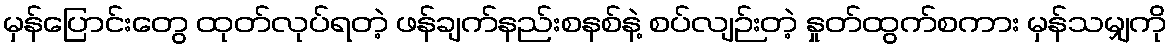
မှန်ပြောင်းတွေ ထုတ်လုပ်ရတဲ့ ဖန်ချက်နည်းစနစ်နဲ့ စပ်လျဉ်းတဲ့ နှုတ်ထွက်စကား မှန်သမျှကို